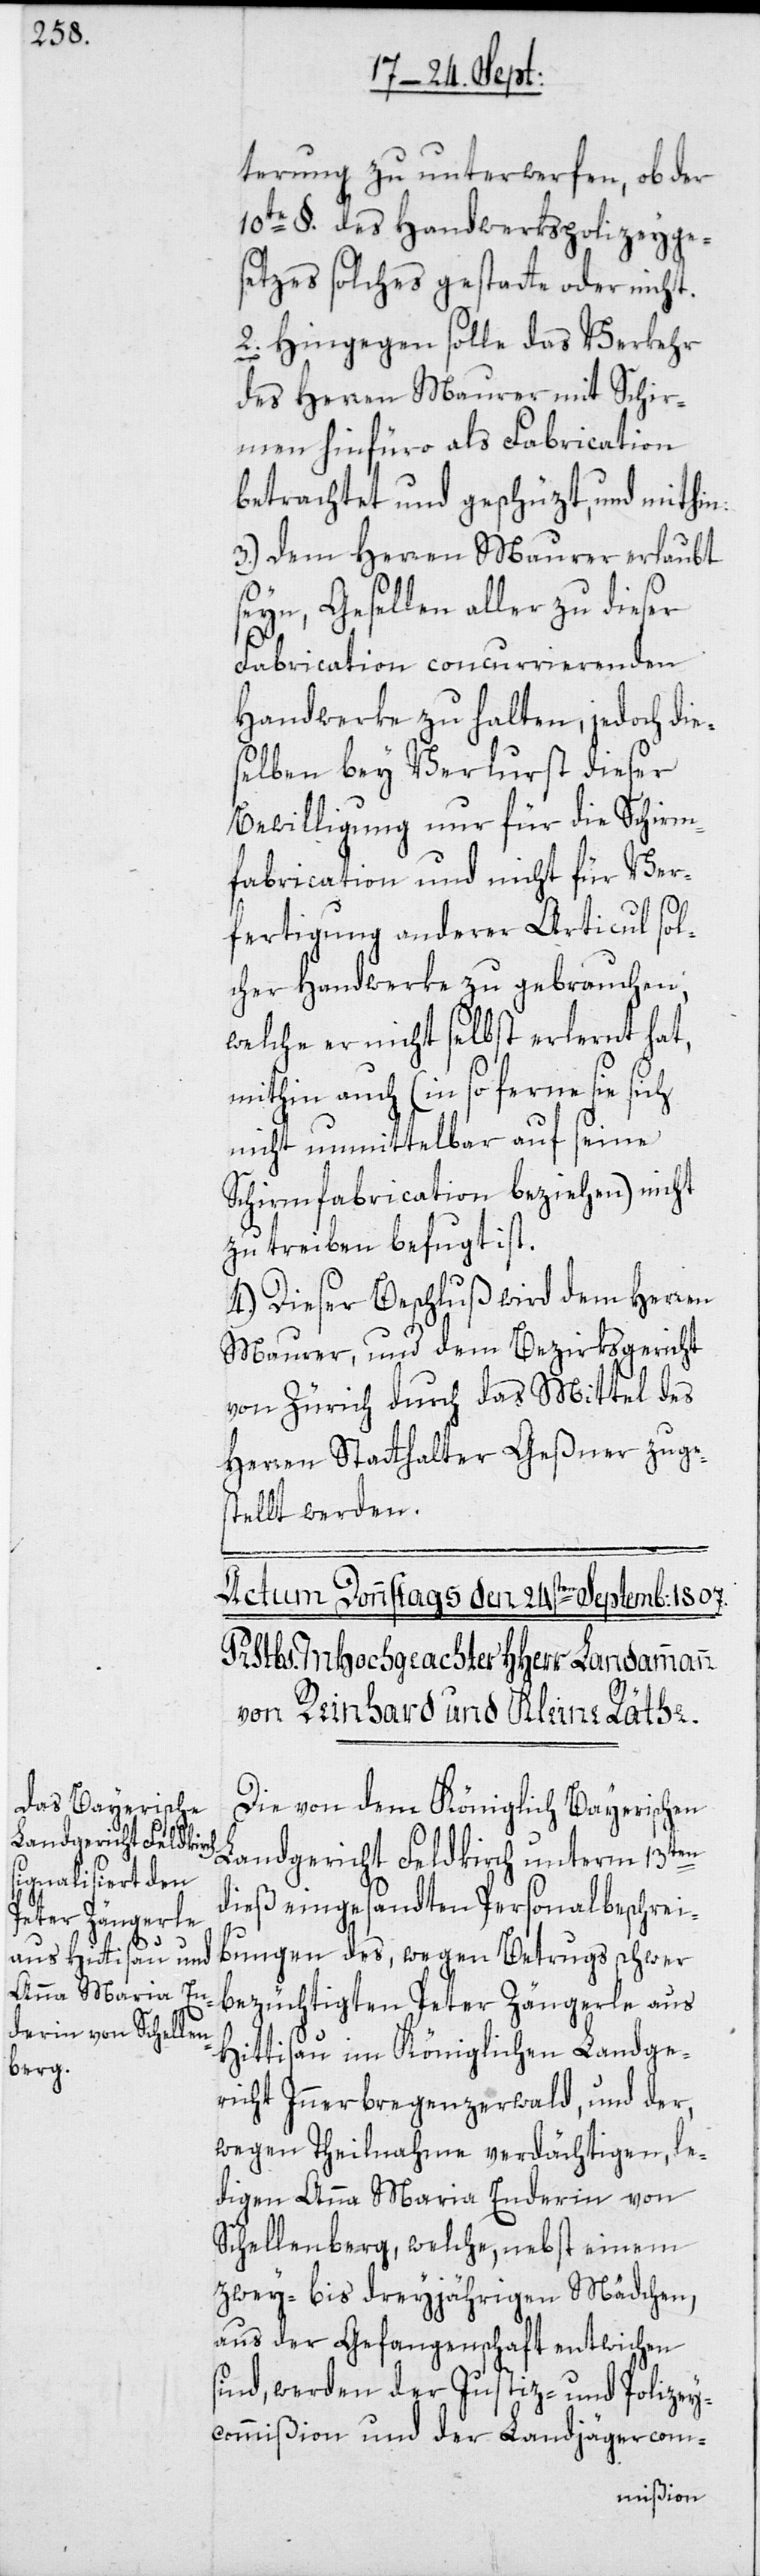
terung zu unterwerfen, ob der
10te §. des Handwerkspolizeyge¬
setzes solches gestatte oder nicht.
2. Hingegen solle das Verkehr
des Herren Maurer mit Schir¬
men hinfüro als Fabrication
betrachtet und geschüzt, und mithin:
3. Dem Herren Maurer erlaubt
seyn, Gesellen aller zu dieser
Fabrication concurrierenden
Handwerke zu halten, jedoch die¬
selben bey Verlurst dieser
Bewilligung nur für die Schirm¬
fabrication und nicht für Ver¬
fertigung anderer Articul sol¬
cher Handwerke zu gebrauchen,
welche er nicht selbst erlernt hat,
mithin auch (in so ferne sie sich
nicht unmittelbar auf seine
Schirmfabrication beziehen), nicht
zu treiben befugt ist.
4. Dieser Beschluß wird dem Herren
Maurer, und dem Bezirksgericht
von Zürich durch das Mittel des
Herren Statthalter Geßner zuge¬
stellt werden.
Die von dem Königlich Bayerischen
Landgericht Feldkirch unterm 13ten
dieß eingesandten Personalbeschrei¬
bungen des, wegen Betrugs schwer
bezüchtigten Peter Zängerle aus
Hittisau im Königlichen Landge¬
richt Innerbregenzerwald, und der,
wegen Theilnahme verdächtigen, le¬
digen Anna Maria Enderin von
Schellenberg, welche, nebst einem
zwey- bis dreyjährigen Mädchen,
aus der Gefangenschaft entwichen
sind, werden der Justiz- und Polizey¬
commißion und der Landjägercom-